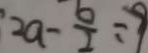
2 a - \frac { b } { 2 } = 9